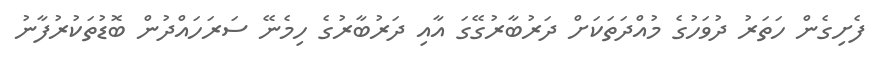
ފެށިގެން ހަތަރު ދުވަހުގެ މުއްދަތަކަށް ދަރުބާރުގޭގަ އާއި ދަރުބާރުގެ ހިމެނޭ ސަރަހައްދުން ބޮޑުތަކުރުފާނު